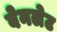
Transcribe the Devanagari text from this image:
बेनलेट